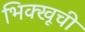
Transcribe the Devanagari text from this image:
भिक्खूची